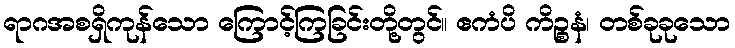
ရာဂအစရှိကုန်သော ကြောင့်ကြခြင်းတို့တွင်။ ဧကံပိ ကိဉ္စနံ၊ တစ်ခုခုသော